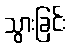
သွားခြင်း